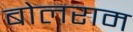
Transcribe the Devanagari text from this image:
बोलराम